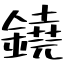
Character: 鐃